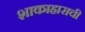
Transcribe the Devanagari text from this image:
शाकाहाराची